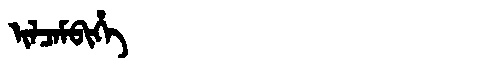
Manchu: ᡳᠯᠴᠠᠮᠪᡳᡥᡝ
Romanization: ILCAMBIHE